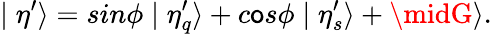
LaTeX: \mid\eta^{\prime}\rangle=sin\phi\mid\eta_{q}^{\prime}\rangle+c\mathsf{o}s\phi\mid\eta_{s}^{\prime}\rangle+\midG\rangle.